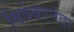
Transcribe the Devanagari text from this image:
विवेकानंदा